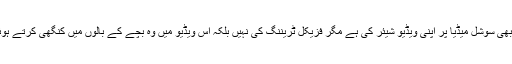
فاسٹ بولر جنید خان نے بھی سوشل میڈیا پر اپنی ویڈیو شیئر کی ہے مگر فزیکل ٹریننگ کی نہیں بلکہ اس ویڈیو میں وہ بچے کے بالوں میں کنگھی کرتے ہوئے دکھائی دے رہے ہیں۔